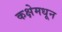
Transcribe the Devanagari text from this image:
कक्षेमधून